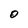
Character: O